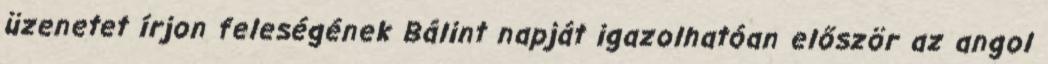
üzenetet írjon feleségének Bálint napját igazolhatóan először az angol